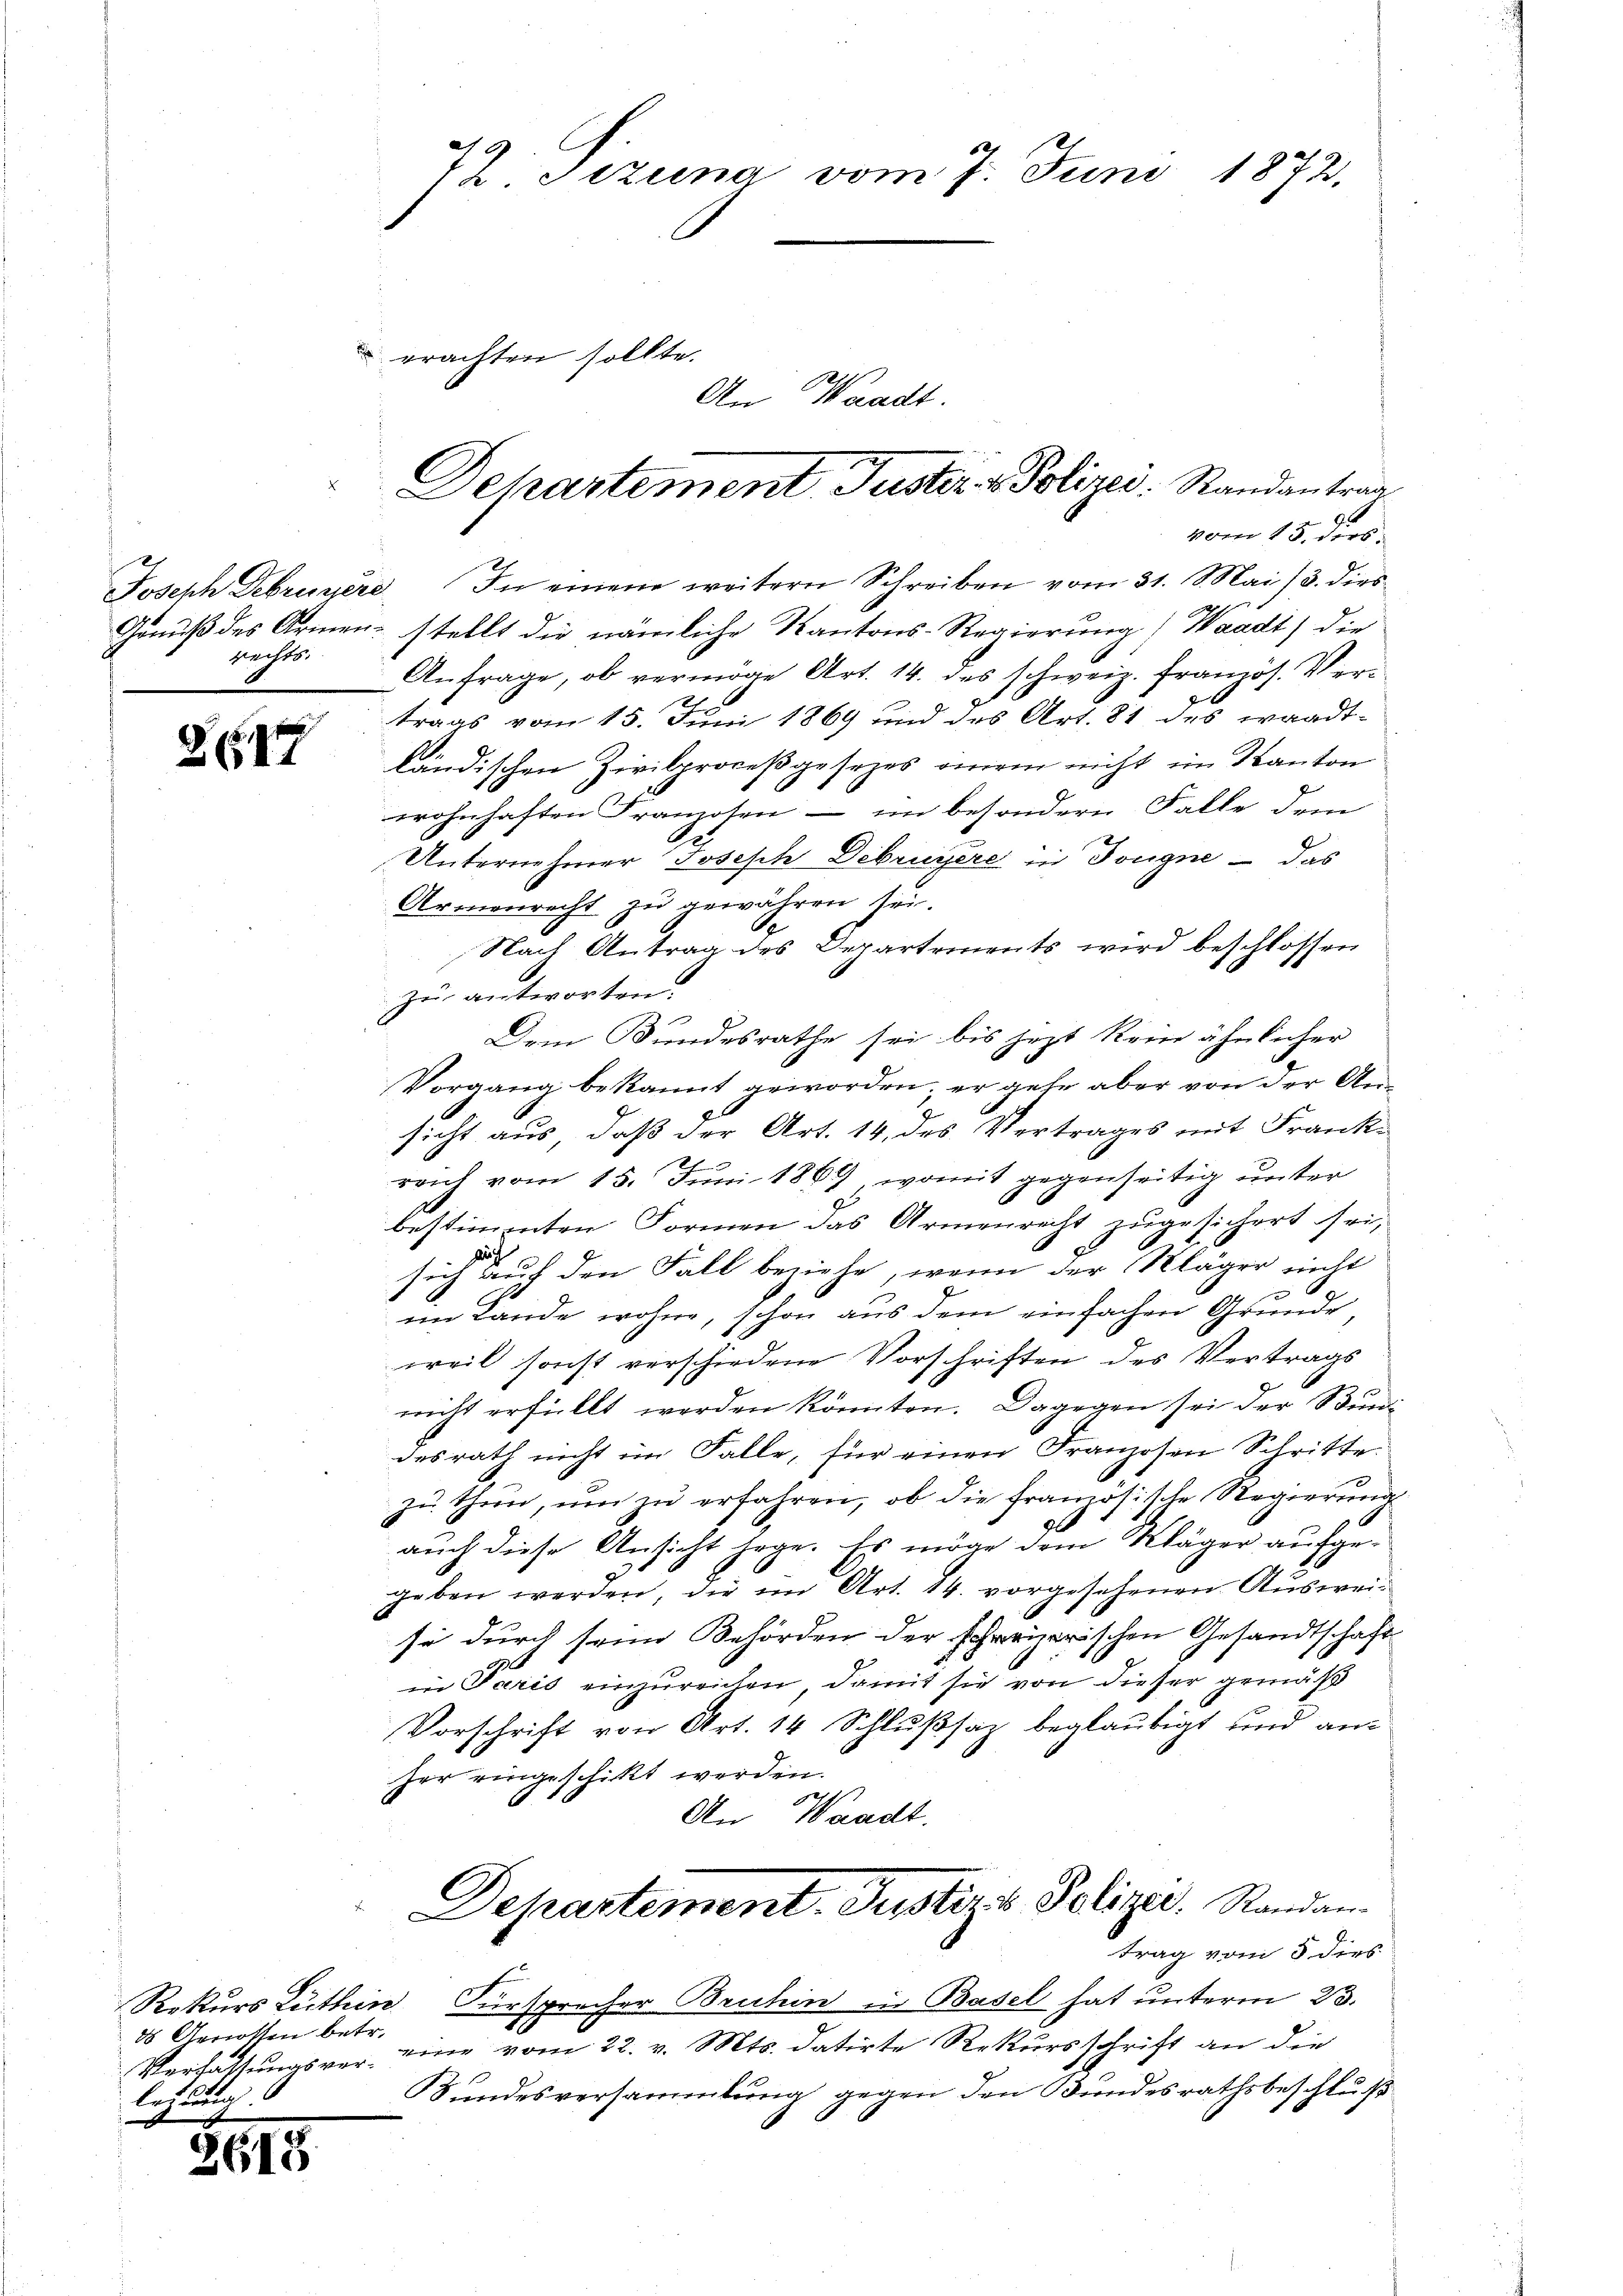
rechts

e
281

88 Genossen betr.
Verhaltungsverletzung

2618

af 6.
( Sizung vom 7. Juni 1872.

erachten sollte.
An Waadt.

Joseph Februnsere. In einem weitern Schreiben vom 31. Mai 13. dies
Genuß des Armen stellt die nämliche Kantons-Regierung (Waadt) die
Anfrage, ob vermöge Art. 14. des schweiz. französ. Vertrags vom 15. Juni 1869 und des Art. 81 des waadt-
ländischen Zivilproceßgesezes einem nicht im Kanton
wohnhaften Franzosen - im besondern Falle dem
Unternehmer Joseph Debruyère in Tongne – das
Armenrecht zu gewähren sei.
Nach Antrag des Departements wird beschlossen
zu antworten.
Dem Bundesrathe sei bis jezt kein ähnlicher
Vorgang bekannt geworden; er gehe aber von der Ansicht aus, daß der Art. 14, des Vertrages mit Frankreich vom 15. Juni 1869, womit gegenseitig unter
bestimmten Formen das Armenrecht zugesichert sei,
p
pach
sich auf den Fall beziehe, wenn der Kläger nicht
im Lande wohne, schon aus dem einfachen Grunde,
weil sonst verschiedene Vorschriften des Vertrags
nicht erfüllt werden könnten. Dagegen sei der Bindi-
desrath nicht im Falle, für einen Franzosen Schritte
zu thun, um zu erfahren, ob die Französische Regierung
glo
auch diese Ansicht sage. Es möge dem Kläger aufgegeben werden, die im Art. 14. vorgesehenen Ausweiso durch seine Behörden der schreizerischen Gesandtschaft
in Paris einzureichen, damit sie von dieser gemäß
Vorschrift von Art. 14 Schlußsaz beglaubigt und an-
her eingeschickt werden.
An Waadt.
Departement. Justiz & Polizeis. Randam
trag vom 5 dies
Rekurs Luthein Fürsprecher Bruhin in Basel hat unterm 23.
eine vom 22. v. Mts. datirte Rekursschrift an die
Bundesversammlung gegen den Bundesrathsbeschluß

Dehartement Justiz & Polizei: Randantrag
vom 15. ders.